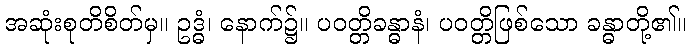
အဆုံးစုတိစိတ်မှ။ ဥဒ္ဓံ၊ နောက်၌။ ပဝတ္တိခန္ဓာနံ၊ ပဝတ္တိဖြစ်သော ခန္ဓာတို့၏။